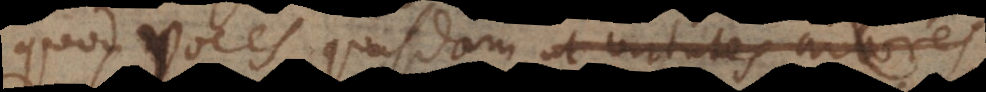
quod voces quasdam, ut virtutes arbores,